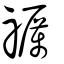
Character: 禲